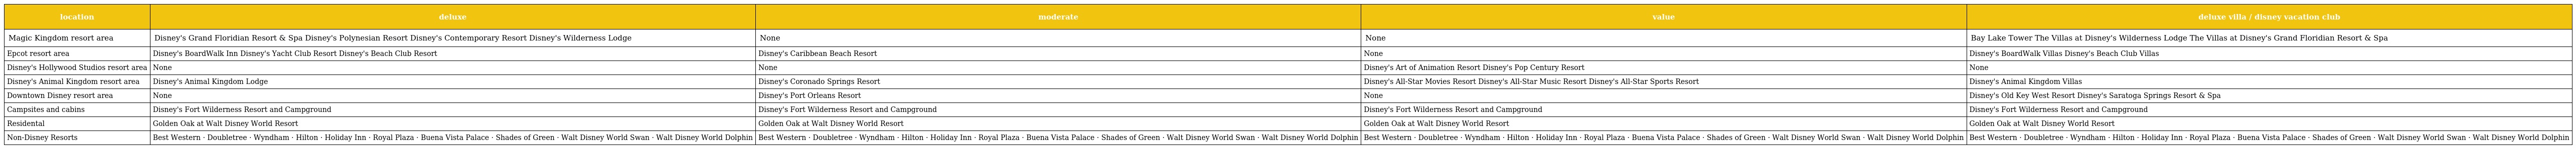
| location | deluxe | moderate | value | deluxe villa / disney vacation club |
 | --- | --- | --- | --- | --- |
 | Magic Kingdom resort area | Disney's Grand Floridian Resort & Spa Disney's Polynesian Resort Disney's Contemporary Resort Disney's Wilderness Lodge | None | None | Bay Lake Tower The Villas at Disney's Wilderness Lodge The Villas at Disney's Grand Floridian Resort & Spa |
 | Epcot resort area | Disney's BoardWalk Inn Disney's Yacht Club Resort Disney's Beach Club Resort | Disney's Caribbean Beach Resort | None | Disney's BoardWalk Villas Disney's Beach Club Villas |
 | Disney's Hollywood Studios resort area | None | None | Disney's Art of Animation Resort Disney's Pop Century Resort | None |
 | Disney's Animal Kingdom resort area | Disney's Animal Kingdom Lodge | Disney's Coronado Springs Resort | Disney's All-Star Movies Resort Disney's All-Star Music Resort Disney's All-Star Sports Resort | Disney's Animal Kingdom Villas |
 | Downtown Disney resort area | None | Disney's Port Orleans Resort | None | Disney's Old Key West Resort Disney's Saratoga Springs Resort & Spa |
 | Campsites and cabins | Disney's Fort Wilderness Resort and Campground | Disney's Fort Wilderness Resort and Campground | Disney's Fort Wilderness Resort and Campground | Disney's Fort Wilderness Resort and Campground |
 | Residental | Golden Oak at Walt Disney World Resort | Golden Oak at Walt Disney World Resort | Golden Oak at Walt Disney World Resort | Golden Oak at Walt Disney World Resort |
 | Non-Disney Resorts | Best Western · Doubletree · Wyndham · Hilton · Holiday Inn · Royal Plaza · Buena Vista Palace · Shades of Green · Walt Disney World Swan · Walt Disney World Dolphin | Best Western · Doubletree · Wyndham · Hilton · Holiday Inn · Royal Plaza · Buena Vista Palace · Shades of Green · Walt Disney World Swan · Walt Disney World Dolphin | Best Western · Doubletree · Wyndham · Hilton · Holiday Inn · Royal Plaza · Buena Vista Palace · Shades of Green · Walt Disney World Swan · Walt Disney World Dolphin | Best Western · Doubletree · Wyndham · Hilton · Holiday Inn · Royal Plaza · Buena Vista Palace · Shades of Green · Walt Disney World Swan · Walt Disney World Dolphin |